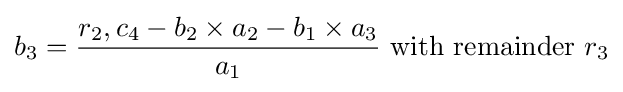
b_{3}={\frac {r_{2},c_{4}-b_{2}\times a_{2}-b_{1}\times a_{3}}{a_{1}}}{\mbox{ with remainder }}r_{3}